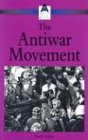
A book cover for The Anti-War Movement (American Social Movements); Randy Scherer; Teen & Young Adult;